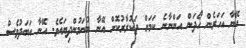
އޭނާ އަހަރެން ހޯދަން އަންނާނެ ކަމަށް ތަކުރާރުކޮށް އޭނާ ބުނަމުންދިޔައެވެ. އޭނާ އަބަދުވެސް